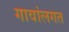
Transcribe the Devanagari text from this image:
गावांलगत